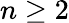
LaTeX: n\geq 2